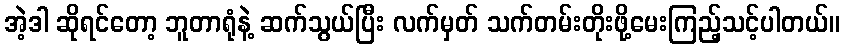
အဲ့ဒါ ဆိုရင်တော့ ဘူတာရုံနဲ့ ဆက်သွယ်ပြီး လက်မှတ် သက်တမ်းတိုးဖို့မေးကြည့်သင့်ပါတယ်။